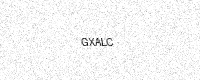
Text: GXALC